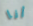
أنا